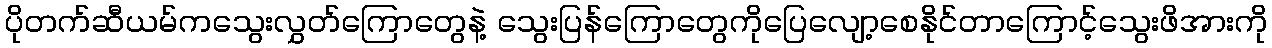
ပိုတက်ဆီယမ်ကသွေးလွှတ်ကြောတွေနဲ့ သွေးပြန်ကြောတွေကိုပြေလျော့စေနိုင်တာကြောင့်သွေးဖိအားကို